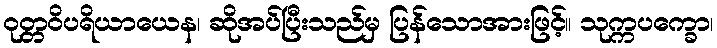
ဝုတ္တဝိပရိယာယေန၊ ဆိုအပ်ပြီးသည်မှ ပြန်သောအားဖြင့်။ သုက္ကပက္ခော၊